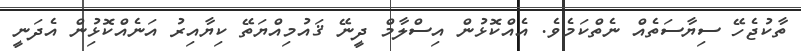
ތާކުޖެހޭ ސިޔާސަތެއް ނެތްކަމެވެ. އެއްކޮޅުން އިސްލާމް ދީނޭ ޤައުމިއްޔަތޭ ކިޔާއިރު އަނެއްކޮޅުިން އެދަނީ